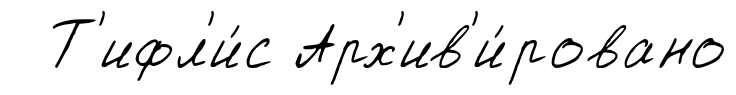
Т'ифл'и́с Арх'ив'и́ровано